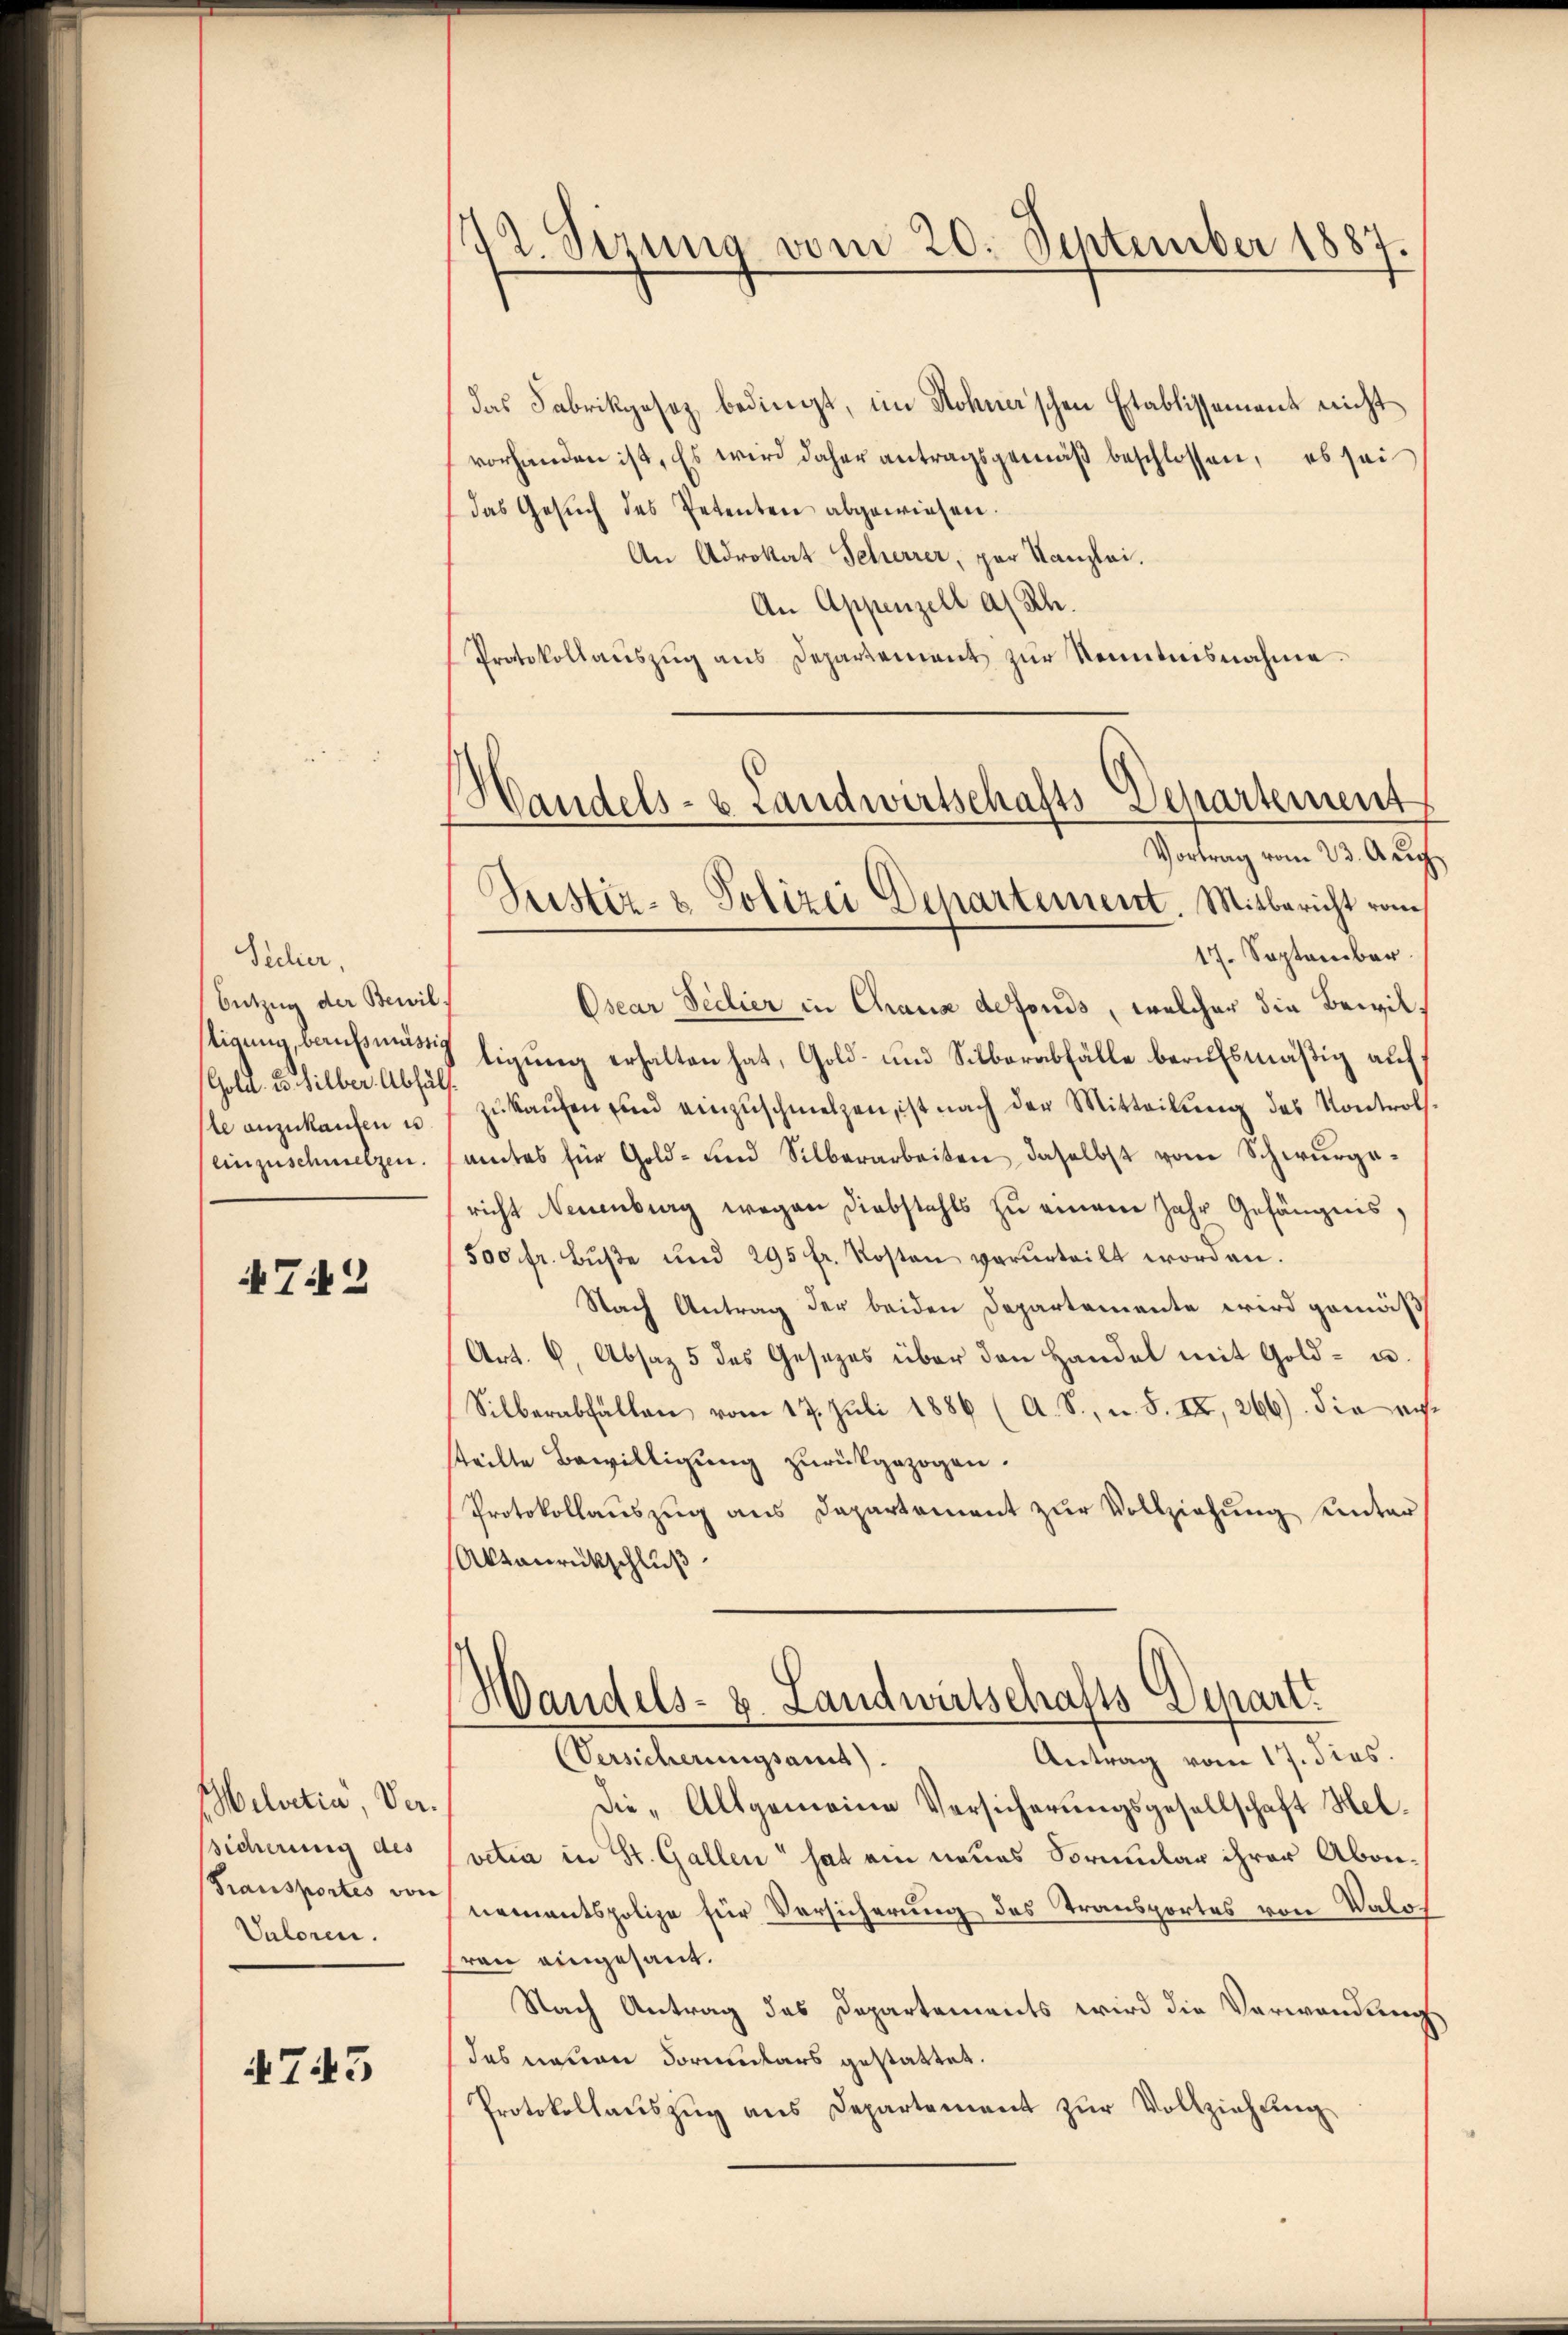
Sicher,
Entzug der Bewiltigung, berufsmässig
Gold. 25. Silber Abhül
te anzukaufen u.
einzuschmelzen.

72

Melvetia Versicherung des
Transportes von
Valoren.

A745

2 Sirung vom 20. September 1887

das Fabrikgesez bedingt, im Rohner’schen Etablissement nicht
vorhanden ist. Es wird daher antragsgemäβ beschlossen, es sei
das Gesuch des Petenten abgewiesen.
An Adrokat Scherrer, par Kanzlei.
An Appenzell a/Rh.
Protokollaŭszŭg ans Departement zŭr Kenntnisnahme.
17. September.
Osear Fedier in Chaux defonds, welcher die Bewiltigung erhalten hat, Gold- und Silberabfälle berufsmäßig auf
.
zŭkaŭfen in einzŭschmelzen, ist nach der Mitteilŭng des Kontrolamtes für Gold- und Silberarbeiten, daselbst von Schwurgericht Neuenburg wegen Diebstahls zu einem Jahr Gefängnis,
500 fr. Bŭβe und 295 fr. Kosten verurteilt worden.
Nach Antrag der beiden Departemente wird gemäß
Art. 9. Absaz 5 des Gesezes über den Handel mit Gold- u.
Silberabfällen vom 17. Juli 1886 (A. S., u. S. II, 266) die austeilte Bewilligung zurückgezogen.
Protokollauszug aus Departement zur Vollziehung unter
Aktanrückschluß

Handels- & Landwirtschafts-Departement
Vortrag vom 23. Aug.
Justiz- & Polizei Departement. Mitbericht vom

Wandels- u. Landwirtschafts-Depart.
Antrag vom 17. dies.
Versicherungsans).

die „Allgemeine Versicherungsgesellschaft Helvetia in St. Gallen hat ein neues Formular ihrer Abonnementspolize für Versicherung des Transportes von Valof
frau eingesant.
Nach Antrag des Departements wird die Verwendung
das neuen Formulars gestattet.
Protokollauszug aus Departement zur Vollziehung